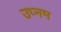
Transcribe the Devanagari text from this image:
उप्नम